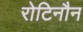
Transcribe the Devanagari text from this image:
रोटिनौन